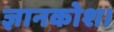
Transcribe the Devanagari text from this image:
ज्ञानकोश।